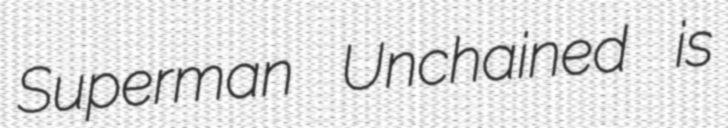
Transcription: Superman Unchained is